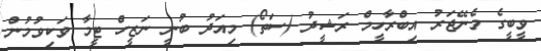
ވީބީގެ މެނޭޖަރު އިބްރާހީމް ރަޝީދު (ސަތޯ) މިއަދު ބުނީ ނަޒީހް ޓީމާ ވަކިވުމުން